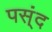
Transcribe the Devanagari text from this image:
पस्ंद